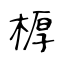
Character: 𣖔